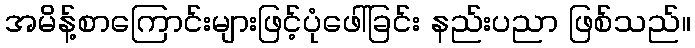
အမိန့်စာကြောင်းများဖြင့်ပုံဖေါ်ခြင်း နည်းပညာ ဖြစ်သည်။